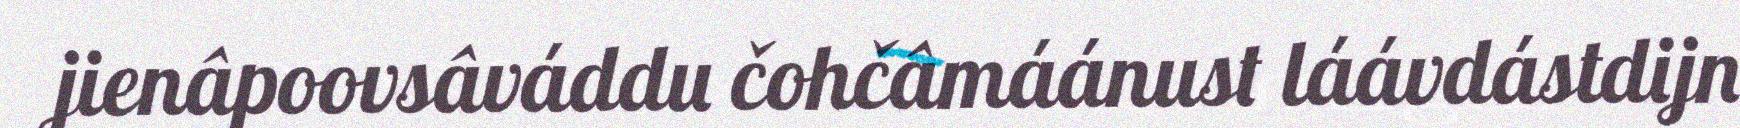
jienâpoovsâváddu čohčâmáánust láávdástdijn